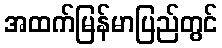
အထက်မြန်မာပြည်တွင်